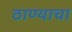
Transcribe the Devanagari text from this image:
ठाण्याचा